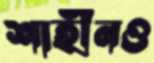
শাহীনও